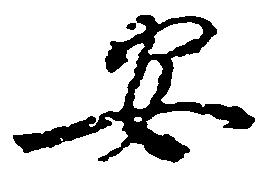
安